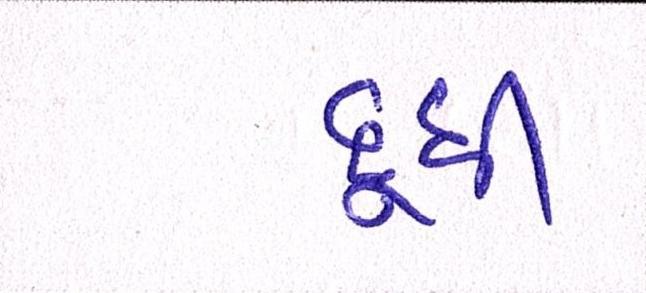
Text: દૂધી